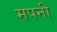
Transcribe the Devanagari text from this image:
मपनी